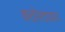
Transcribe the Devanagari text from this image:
कठोरतावाद